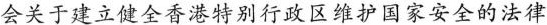
会关于建立健全香港特别行政区维护国家安全的法律